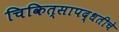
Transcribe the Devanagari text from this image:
चिकित्सापद्धतीचे